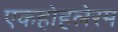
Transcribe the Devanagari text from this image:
एकहोहलेरम